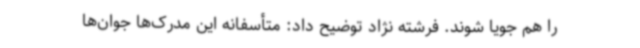
را هم جویا شوند. فرشته نژاد توضیح داد: متأسفانه این مدرک‌ها جوان‌ها